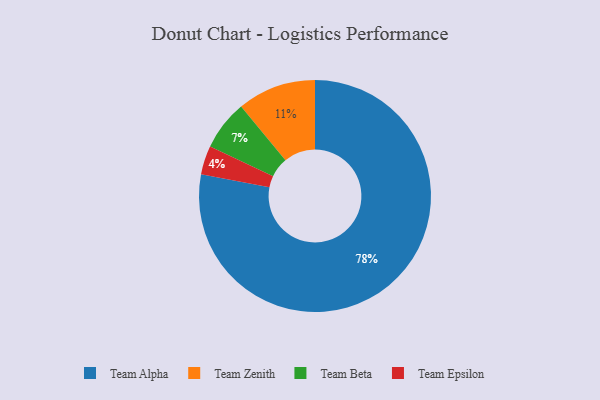
{"axis": {"x": "Category", "y": "Percentage"}, "legend": ["Team Alpha", "Team Beta", "Team Epsilon", "Team Zenith"], "data": [{"x": "Team Alpha", "y": 78, "type": "Team Alpha"}, {"x": "Team Beta", "y": 7, "type": "Team Beta"}, {"x": "Team Zenith", "y": 11, "type": "Team Zenith"}, {"x": "Team Epsilon", "y": 4, "type": "Team Epsilon"}]}